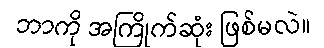
ဘာကို အကြိုက်ဆုံး ဖြစ်မလဲ။